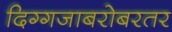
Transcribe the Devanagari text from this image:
दिग्गजाबरोबरतर